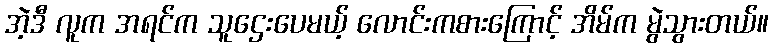
အဲ့ဒီ လူက အရင်က သူဌေးပေမယ့် လောင်းကစားကြောင့် အိမ်က မွဲသွားတယ်။